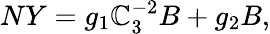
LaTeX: NY=g_{1}\mathbb{C}_{3}^{-2}B+g_{2}B,